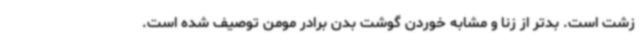
زشت است. بدتر از زنا و مشابه خوردن گوشت بدن برادر مومن توصیف شده است.